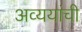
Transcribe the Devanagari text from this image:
अव्ययांची